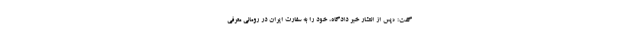
گفت: «پس از انتشار خبر دادگاه، خود را به سفارت ایران در رومانی معرفی